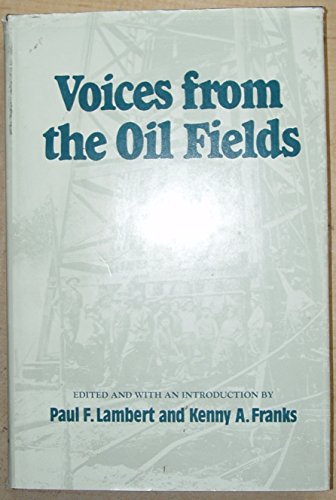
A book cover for Voices from the Oil Fields; Business & Money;